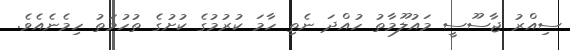
ސިއްރު ޖާސޫސީ މައުލޫމާތު ހުއްދަ ނެތި ހާމަ ކުރުމުގެ ކުށުގެ ތުހުމަތު ހިމެނެއެވެ.